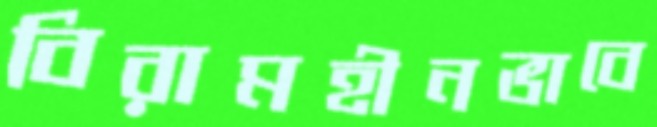
বিরামহীনভাবে